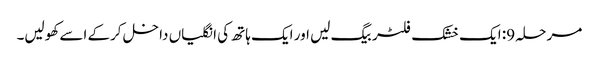
مرحلہ 9: ایک خشک فلٹر بیگ لیں اور ایک ہاتھ کی انگلیاں داخل کرکے اسے کھولیں۔